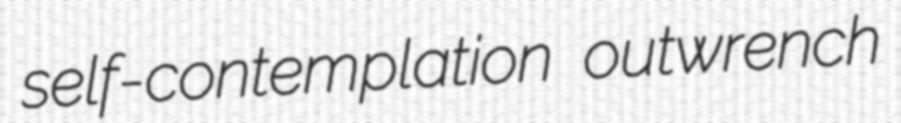
self-contemplation outwrench